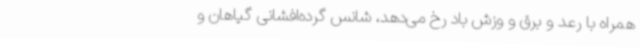
همراه با رعد و برق و وزش باد رخ می‌دهد، شانس گرده‌افشانی گیاهان و